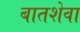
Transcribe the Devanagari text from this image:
बातशेवा